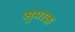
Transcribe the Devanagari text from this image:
सुमाक